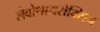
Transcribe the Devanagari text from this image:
लेवोथायरोक्सिन